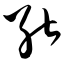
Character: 能